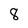
Character: 8